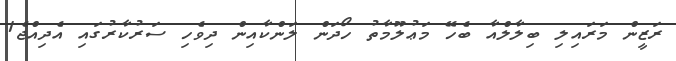
ރަޒީން މަރައިލި ބިލާލްއާ ބެހޭ މަޢުލޫމާތު ހޯދަން ލަންކާއިން ދިވެހި ސަރުކާރުގައި އެދިއްޖެ1